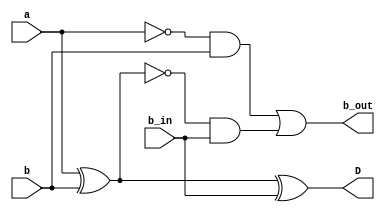
module full_subtractor(input a, b, b_in, output D, b_out);
  assign D = a ^ b ^ b_in;
  assign b_out = (~a & b) | (~(a ^ b) & b_in);
endmodule